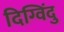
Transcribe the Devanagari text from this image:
दिग्विंदु